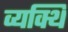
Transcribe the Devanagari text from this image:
व्यक्थि